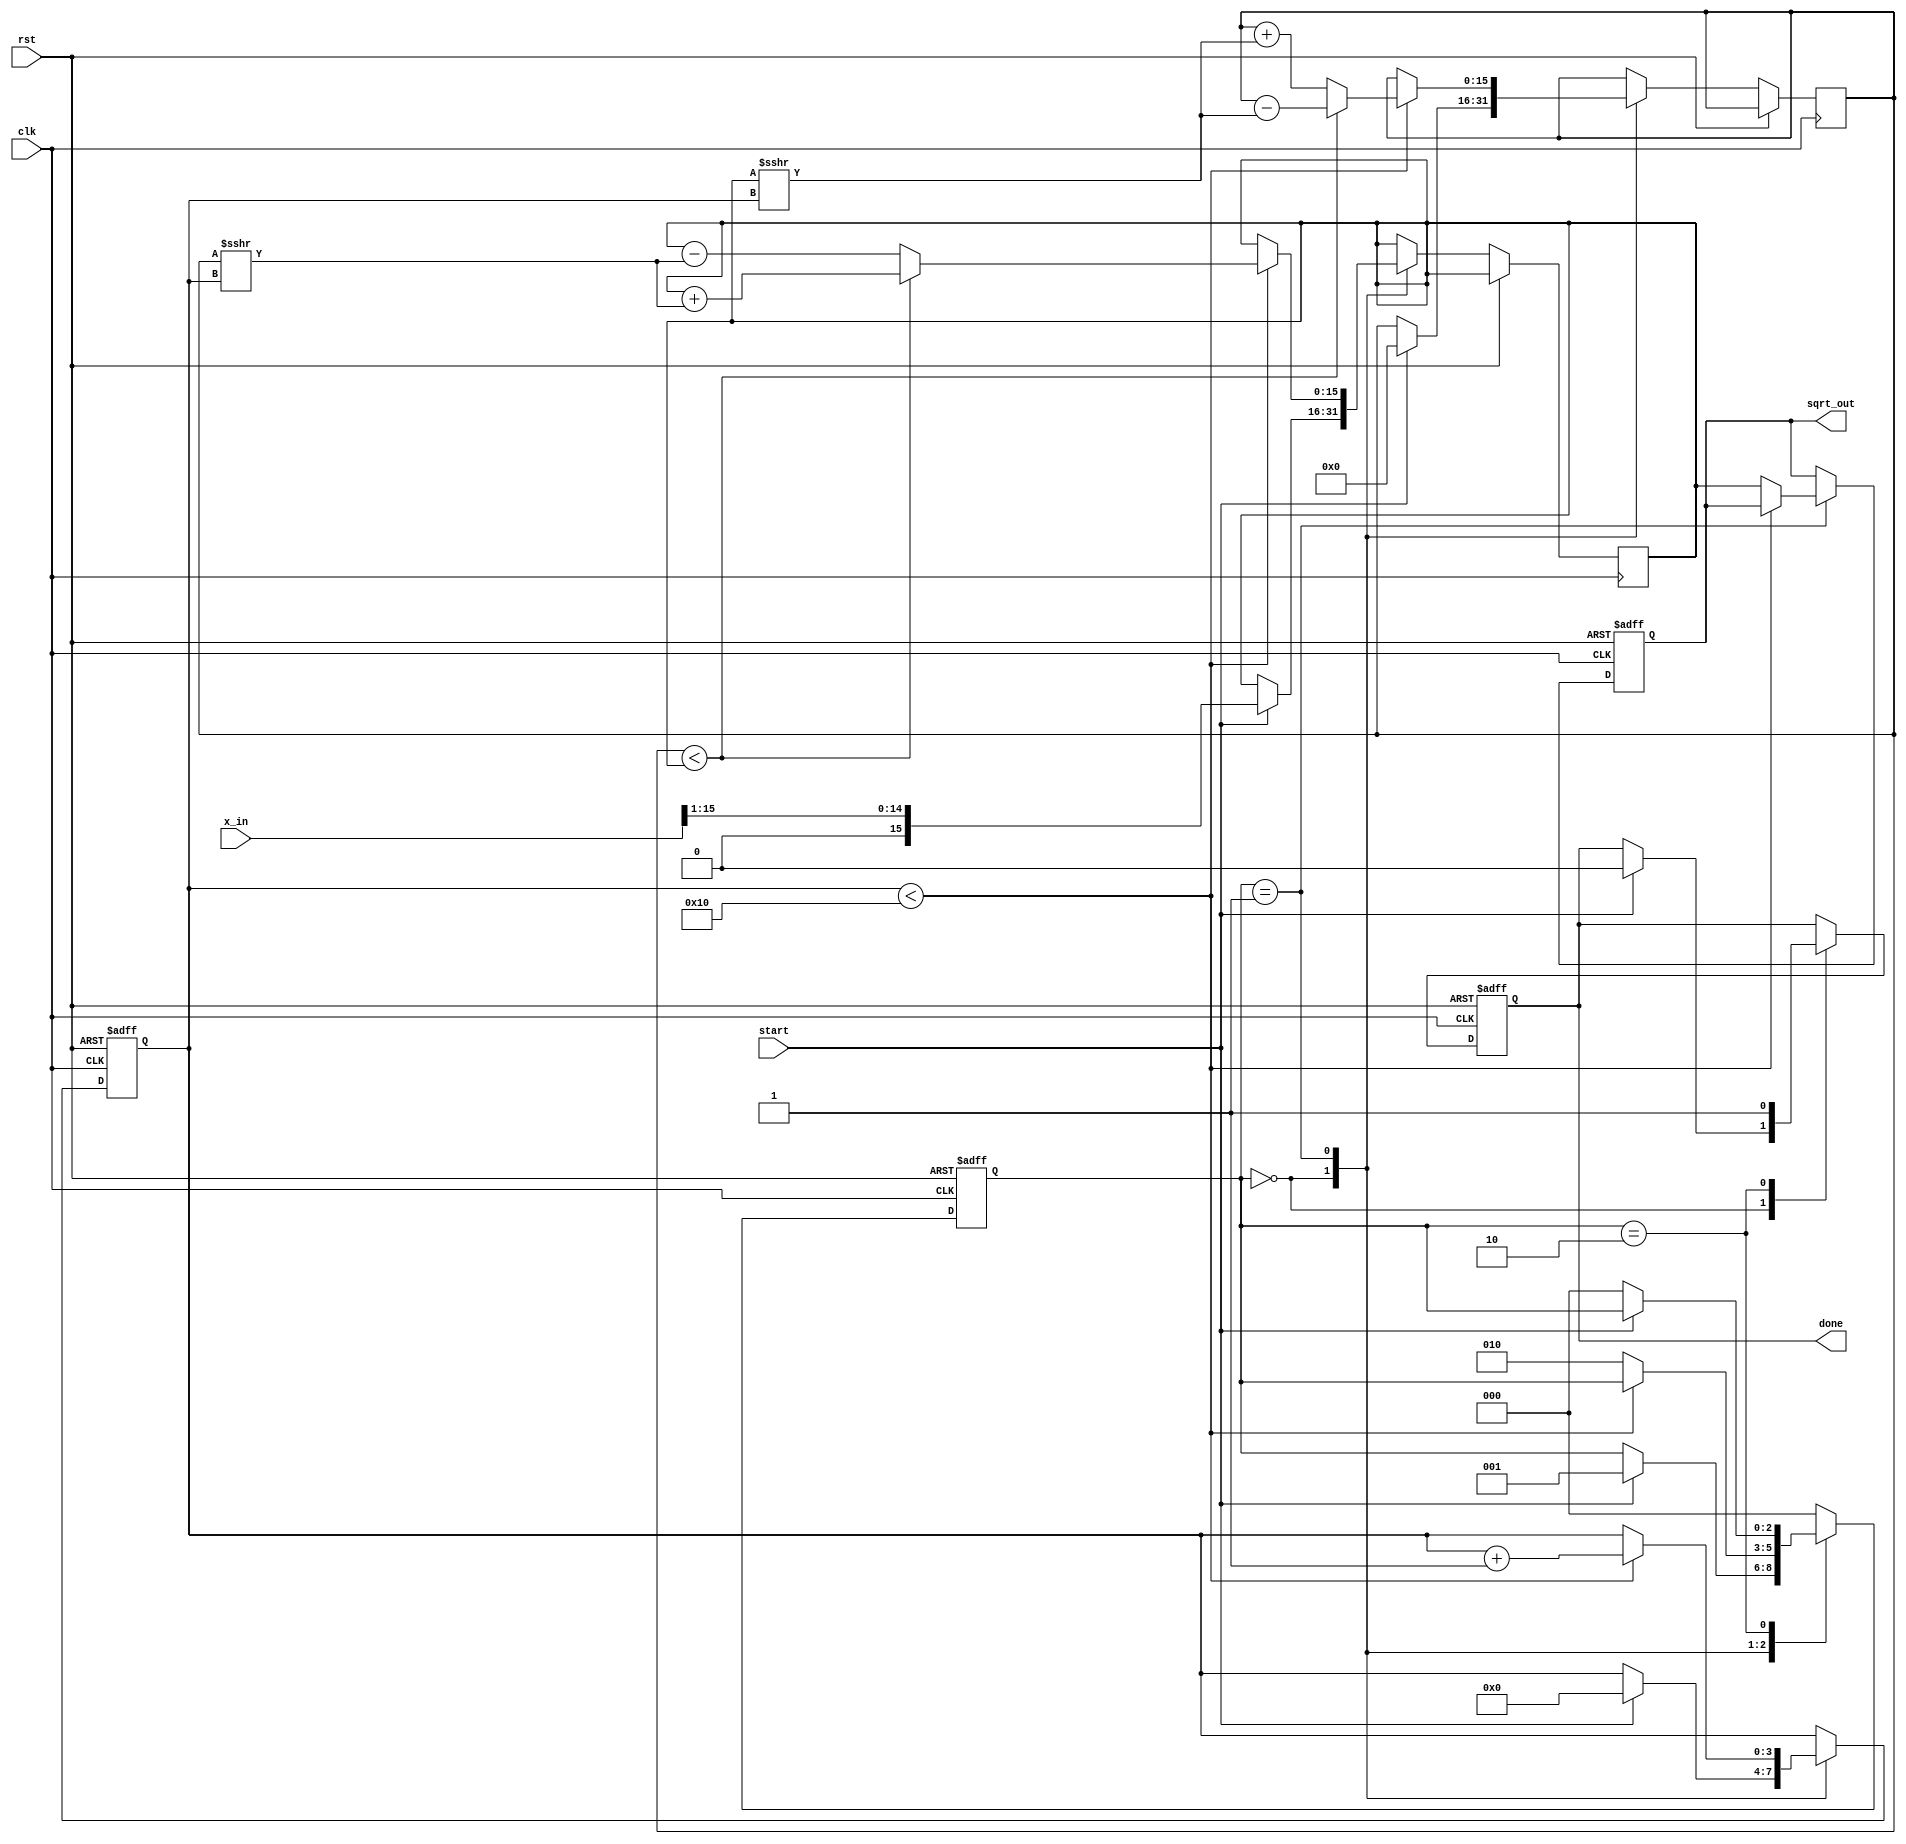
module cordic_sqrt (
    input clk,
    input rst,
    input [15:0] x_in,          // Input (positive fixed-point number)
    input start,                // Start signal for calculation
    output reg [15:0] sqrt_out, // Output (computed square root)
    output reg done             // Done signal
);

    // Parameters
    parameter NUM_ITERATIONS = 16;
    parameter FIXED_POINT_WIDTH = 16; // Change as needed
    localparam ANGLE_LUT_WIDTH = 16;

    // Registers
    reg [FIXED_POINT_WIDTH-1:0] z; // Input vector
    reg [FIXED_POINT_WIDTH-1:0] x_current; // Current x value (initial approx.)
    reg [FIXED_POINT_WIDTH-1:0] y_current; // Current y value (initial approx.)
    reg [ANGLE_LUT_WIDTH-1:0] angle; // CORDIC angle
    reg [3:0] iteration_count; // Iteration counter
    reg [2:0] state; // FSM State variable

    // States
    localparam INIT = 3'b000;
    localparam ITERATE = 3'b001;
    localparam DONE = 3'b010;

    // CORDIC angle lookup table (in Q format)
    reg [ANGLE_LUT_WIDTH-1:0] angle_lut [0:NUM_ITERATIONS-1];
    initial begin
        // Predefine CORDIC angles in Q format
        angle_lut[0]  = 16'h1FFF; // 45 degrees
        angle_lut[1]  = 16'h1FFD; // 26.565 degrees
        angle_lut[2]  = 16'h1FFB; // 14.036 degrees
        angle_lut[3]  = 16'h1FF7; // 7.125 degrees
        // Continue defining angles for up to NUM_ITERATIONS - 1
        // ...
    end

    // FSM Control Logic
    always @(posedge clk or posedge rst) begin
        if (rst) begin
            state <= INIT;
            iteration_count <= 0;
            sqrt_out <= 16'd0;
            done <= 0;
        end else begin
            case (state)
                INIT: begin
                    if (start) begin
                        z <= x_in; // Input value
                        x_current <= x_in >> 1; // Initial approximation (x/2)
                        y_current <= 0; // y starts at 0
                        iteration_count <= 0;
                        state <= ITERATE;
                        done <= 0;
                    end
                end
                ITERATE: begin
                    if (iteration_count < NUM_ITERATIONS) begin
                        // Perform rotation
                        if (y_current < x_current) begin
                            // Apply rotation logic (using the CORDIC algorithm)
                            x_current <= x_current + (y_current >>> iteration_count);
                            y_current <= y_current - (x_current >>> iteration_count);
                        end else begin
                            x_current <= x_current - (y_current >>> iteration_count);
                            y_current <= y_current + (x_current >>> iteration_count);
                        end

                        // Update the angle (not actually used for square root but would adjust z if needed)
                        angle <= angle_lut[iteration_count];
                        iteration_count <= iteration_count + 1;
                    end else begin
                        sqrt_out <= x_current; // Final output
                        state <= DONE;
                    end
                end
                DONE: begin
                    done <= 1;
                    if (!start) begin
                        state <= INIT; // Reset for next operation
                    end
                end
                default: state <= INIT;
            endcase
        end
    end
endmodule